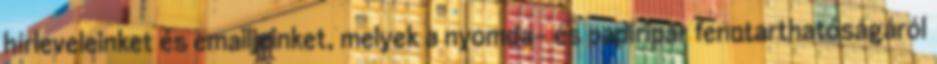
hírleveleinket és emailjeinket, melyek a nyomda- és papíripar fenntarthatóságáról